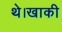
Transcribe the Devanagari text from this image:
थे।खाकी